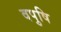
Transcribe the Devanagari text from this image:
वपुषि